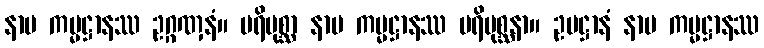
နာမ ကမ္မဋ္ဌာနဿ ဥဂ္ဂဏှနံ။ ပရိပုစ္ဆာ နာမ ကမ္မဋ္ဌာနဿ ပရိပုစ္ဆနာ။ ဥပဋ္ဌာနံ နာမ ကမ္မဋ္ဌာနဿ